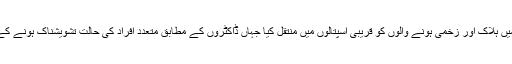
امدادی ٹیموں کے اہلکاروں نے دھماکے میں ہلاک اور زخمی ہونے والوں کو قریبی اسپتالوں میں منتقل کیا جہاں ڈاکٹروں کے مطابق متعدد افراد کی حالت تشویشناک ہونے کے باعث ہلاکتوں میں اضافے کا خدشہ ہے۔